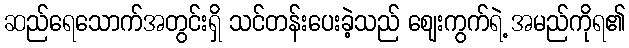
ဆည်ရေသောက်အတွင်းရှိ သင်တန်းပေးခဲ့သည် ဈေးကွက်ရဲ့ အမည်ကိုရ၏